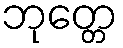
ဘုတ္တေ